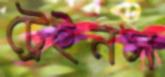
ট্রেইনস